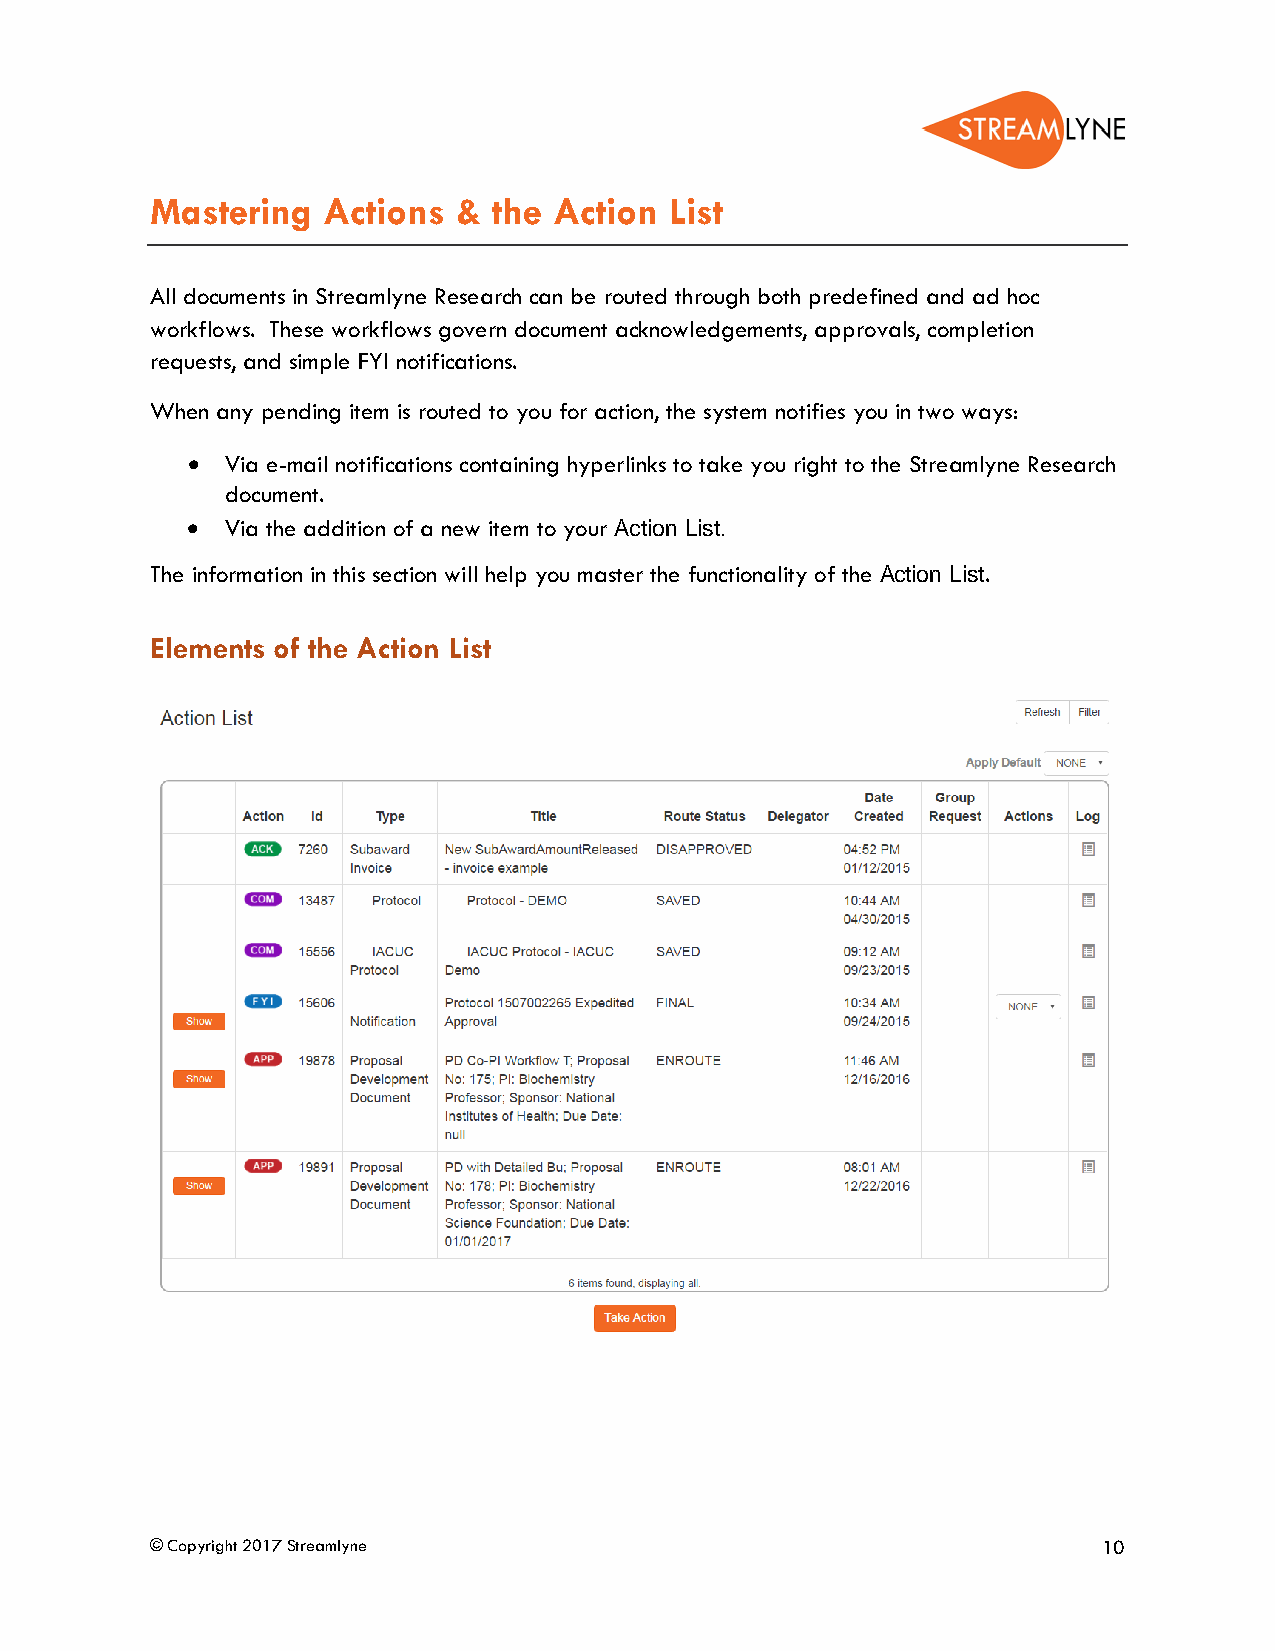
Mastering  Actions  &  the Action List
 All documents in Streamlyne Research can be routed through both predefined and ad hoc
 workflows. These workflows govern document acknowledgements, approvals, completion
 requests, and simple FYI notifications.
 When any pending item is routed to you for action, the system notifies you in two ways:
 •  Via e-mail notifications containing hyperlinks to take you right to the Streamlyne Research
 document.
 •  Via the addition of a new item to your Action List.
 The information in this section will help you master the functionality of the Action List.
 Elements of the Action List
 © Copyright 2017 Streamlyne                                    10